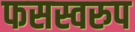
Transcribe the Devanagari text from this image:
फसस्वरुप